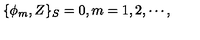
\{ \phi _ { m } , Z \} _ { S } = 0 , m = 1 , 2 , \cdots ,